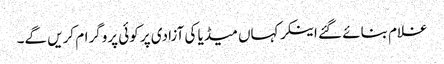
غلام بنائے گئے اینکر کہاں میڈیا کی آزادی پر کوئی پروگرام کریں گے۔